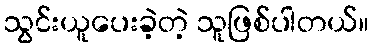
သွင်းယူပေးခဲ့တဲ့ သူဖြစ်ပါတယ်။